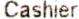
CASHIER